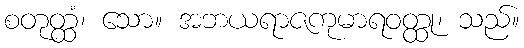
စတုတ္ထံ၊ သော။ အဘယရာဇကုမာရဝတ္ထု၊ သည်။